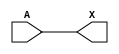
module sky130_fd_sc_lp__busreceiver_5 (
    X,
    A
);
    output X;
    input  A;
    wire buf0_out_X;
    buf buf0 (buf0_out_X, A              );
    buf buf1 (X         , buf0_out_X     );
endmodule